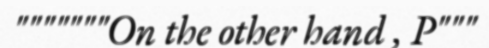
"""""""On the other hand , P"""